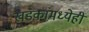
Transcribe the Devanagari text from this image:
खडकांमध्येही